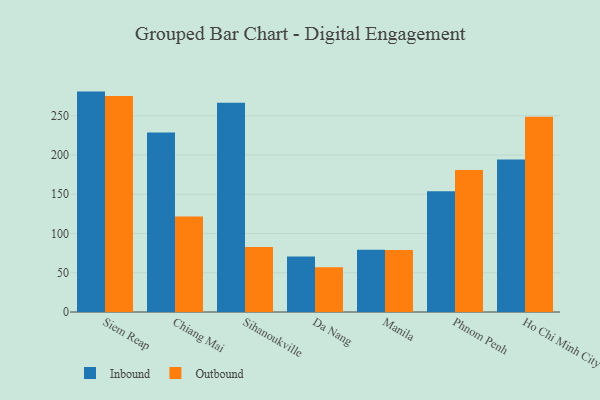
{"axis": {"x": "City", "y": "LTV (USD)"}, "legend": ["Inbound", "Outbound"], "data": [{"x": "Siem Reap", "y": 280.7, "type": "Inbound"}, {"x": "Siem Reap", "y": 275.2, "type": "Outbound"}, {"x": "Chiang Mai", "y": 228.5, "type": "Inbound"}, {"x": "Chiang Mai", "y": 121.7, "type": "Outbound"}, {"x": "Sihanoukville", "y": 266.6, "type": "Inbound"}, {"x": "Sihanoukville", "y": 82.7, "type": "Outbound"}, {"x": "Da Nang", "y": 70.8, "type": "Inbound"}, {"x": "Da Nang", "y": 57.1, "type": "Outbound"}, {"x": "Manila", "y": 79.2, "type": "Inbound"}, {"x": "Manila", "y": 78.9, "type": "Outbound"}, {"x": "Phnom Penh", "y": 153.9, "type": "Inbound"}, {"x": "Phnom Penh", "y": 180.8, "type": "Outbound"}, {"x": "Ho Chi Minh City", "y": 194.2, "type": "Inbound"}, {"x": "Ho Chi Minh City", "y": 248.7, "type": "Outbound"}]}